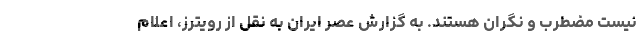
نیست مضطرب و نگران هستند. به گزارش عصر ایران به نقل از رویترز، اعلام